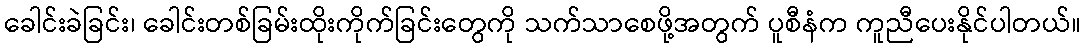
ခေါင်းခဲခြင်း၊ ခေါင်းတစ်ခြမ်းထိုးကိုက်ခြင်းတွေကို သက်သာစေဖို့အတွက် ပူစီနံက ကူညီပေးနိုင်ပါတယ်။